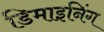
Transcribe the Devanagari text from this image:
डिमाइनिंग